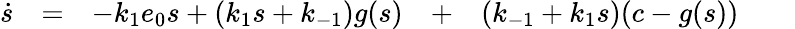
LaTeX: \begin{array}{rcccccl}{\dot{s}}&{=}&{-k_{1}e_{0}s+(k_{1}s+k_{-1})g(s)}&{+}&{(k_{-1}+k_{1}s)(c-g(s))}&{}&{}\end{array}